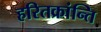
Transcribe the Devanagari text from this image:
हरितक्रांन्ति